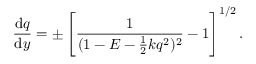
\frac { \mathrm { d } q } { \mathrm { d } y } = \pm \left[ \frac { 1 } { ( 1 - E - \frac { 1 } { 2 } k q ^ { 2 } ) ^ { 2 } } - 1 \right] ^ { 1 / 2 } .